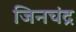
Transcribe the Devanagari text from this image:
जिनचंद्र